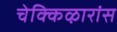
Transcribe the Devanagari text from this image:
चेक्किऴारांस